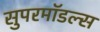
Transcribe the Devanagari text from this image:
सुपरमॉडल्स